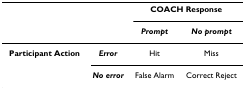
<table><thead><tr><td></td><td></td><td colspan="2"><b>COACH Response</b></td></tr><tr><td></td><td></td><td><b><i>Prompt</i></b></td><td><b><i>No prompt</i></b></td></tr></thead><tbody><tr><td><b>Participant Action</b></td><td><b><i>Error</i></b></td><td>Hit</td><td>Miss</td></tr><tr><td></td><td><b><i>No error</i></b></td><td>False Alarm</td><td>Correct Reject</td></tr></tbody></table>